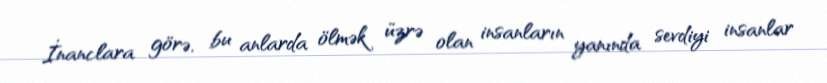
İnanclara görə, bu anlarda ölmək üzrə olan insanların yanında sevdiyi insanlar